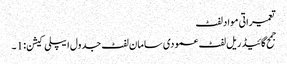
تعمیراتی مواد لفٹ
جمح گائیڈ ریل لفٹ عمودی سامان لفٹ جدول ایپلی کیشن: 1 ۔